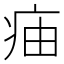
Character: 㾄